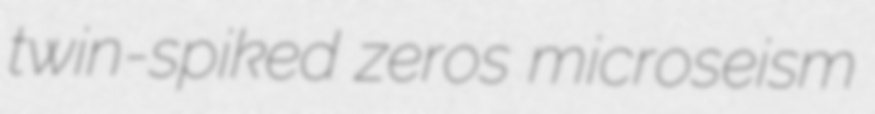
twin-spiked zeros microseism